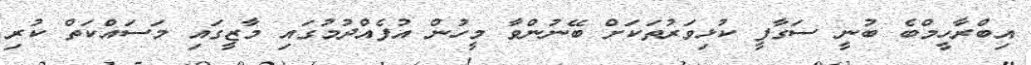
އިބްރާހީމްބެ ބުނީ ސަގާފީ ކުޅިވަރުތަކަށް ބޭނުންވާ މީހުން އުފެއްދުމުގައި މާޒީގައި މަސައްކަތް ކުރި